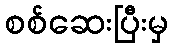
စစ်ဆေးပြီးမှ